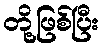
တို့ဖြစ်ပြီး